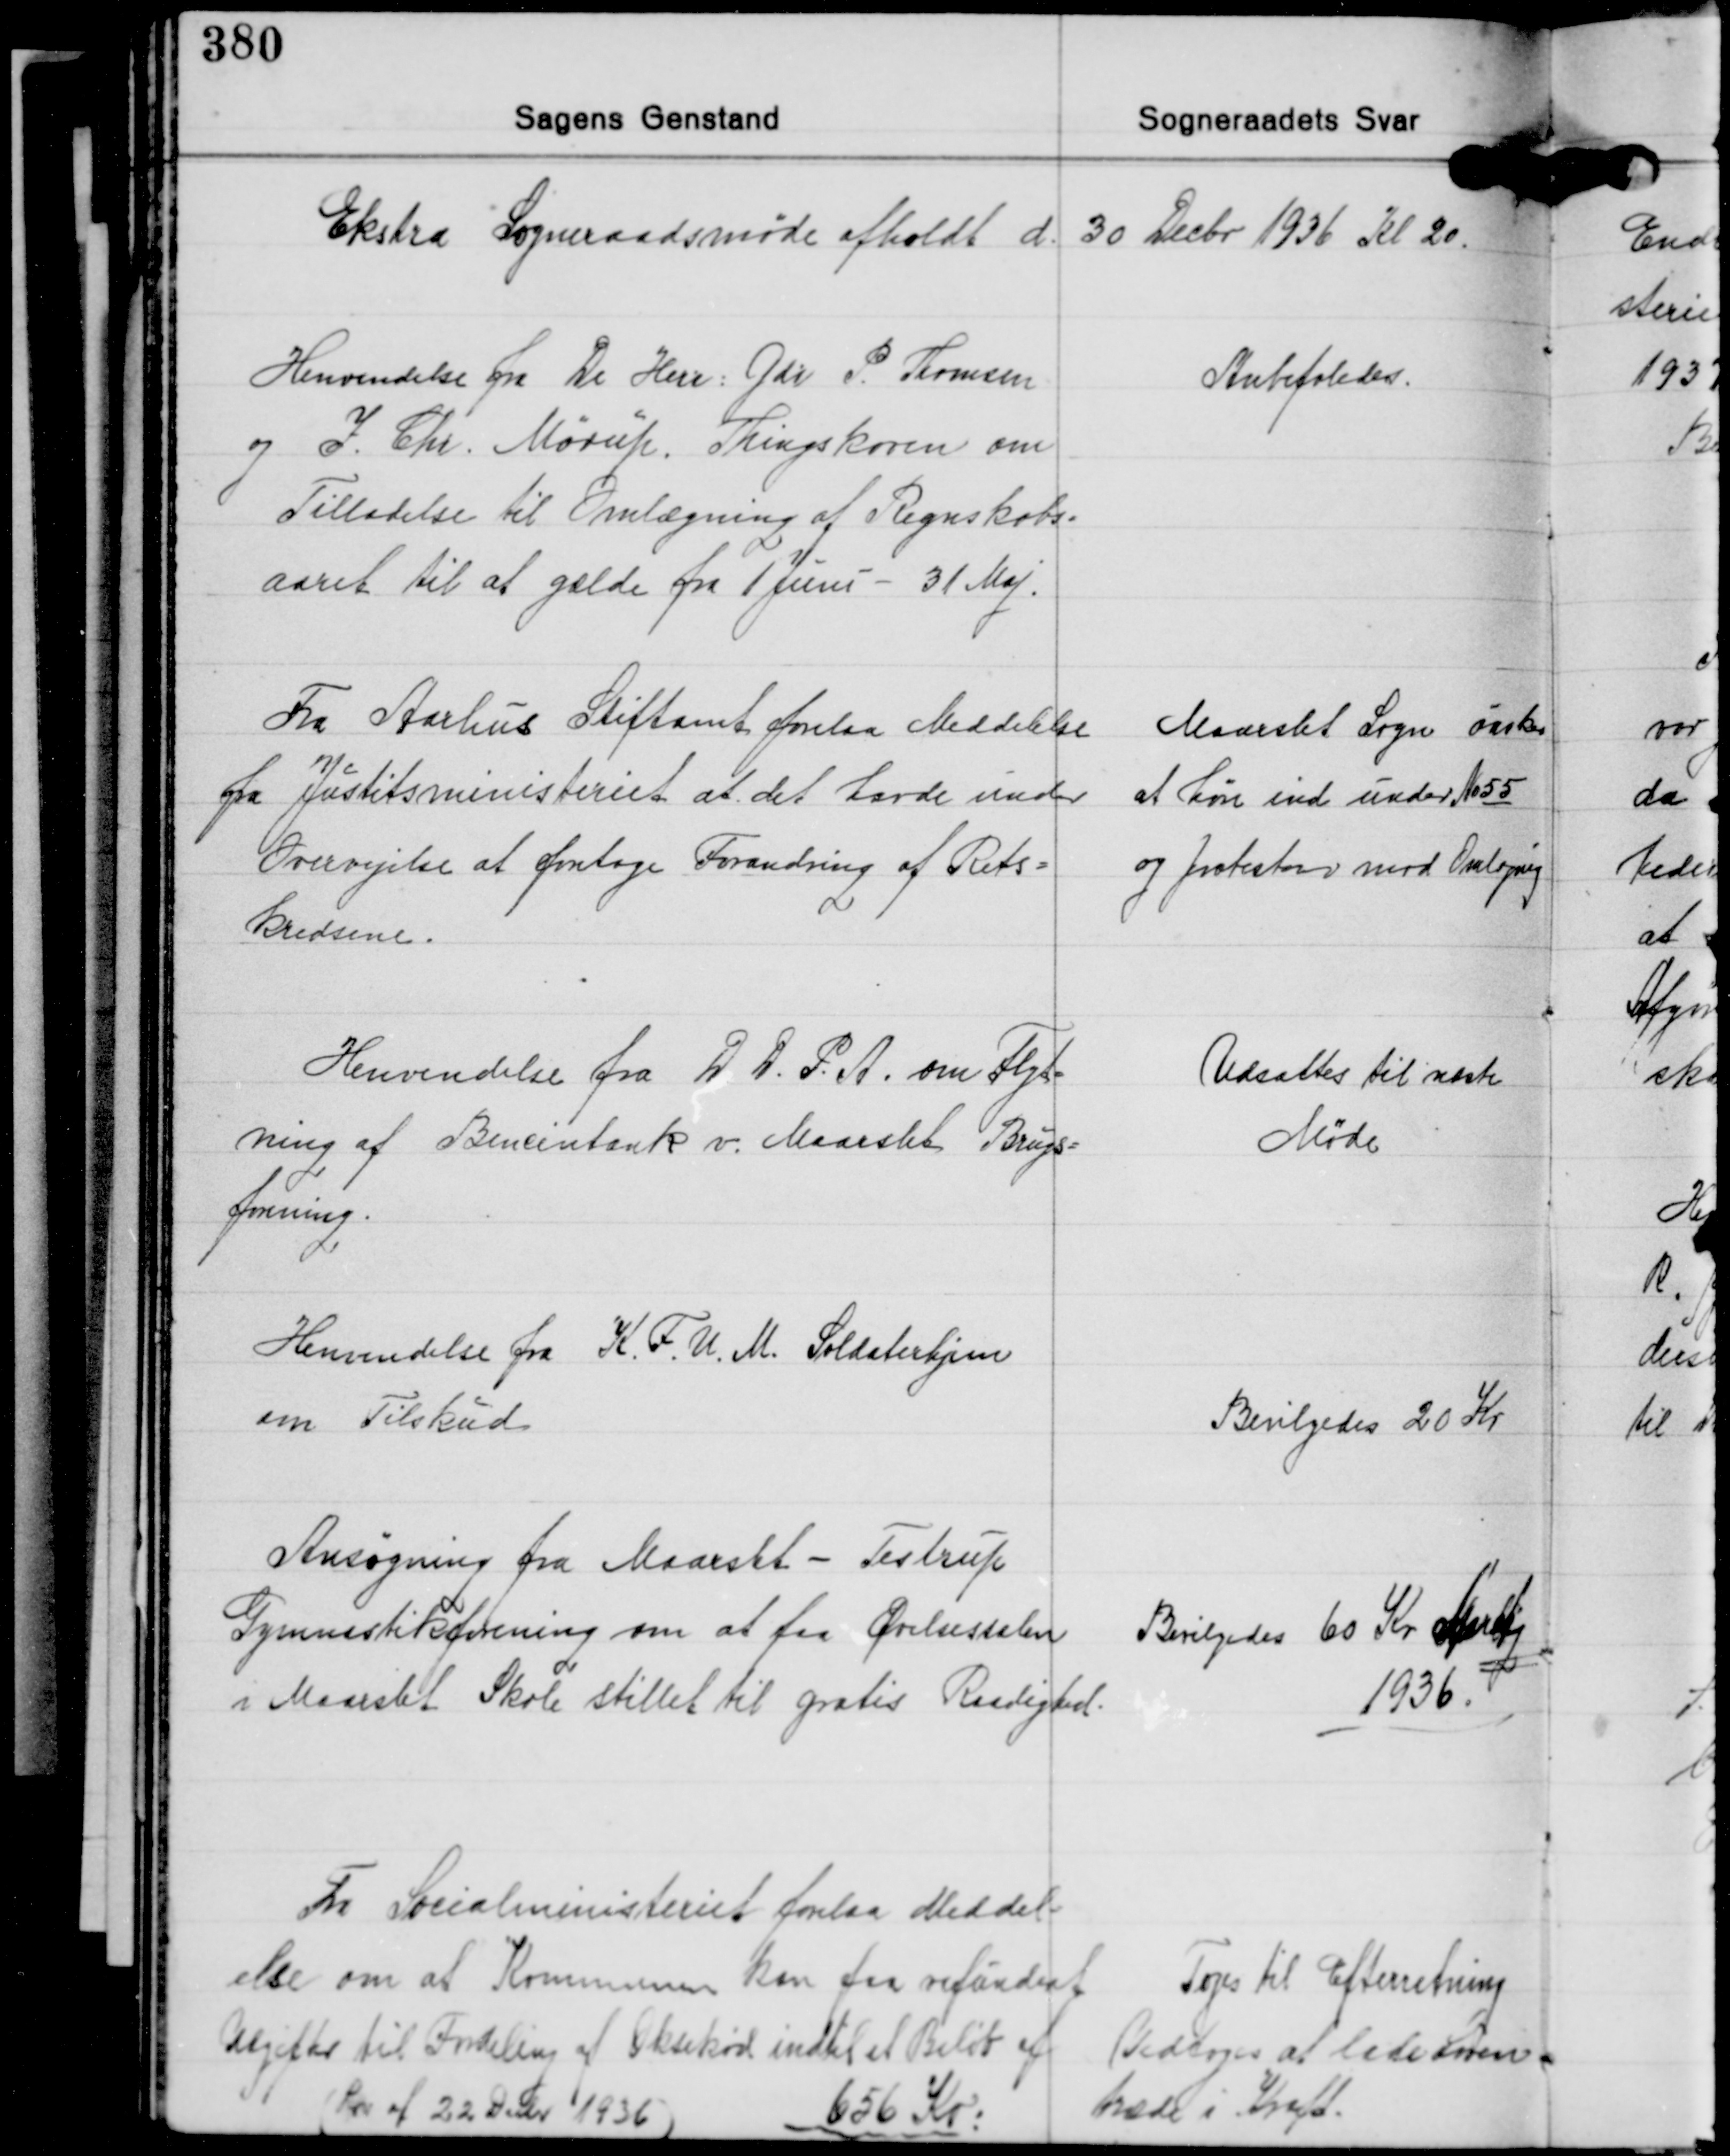
Transskription:
Ekstra Sogneraadsmøde afholdt d. 30 Decbr. 1936 Kl 20.

Henvendelse fra De Here: Gdr. P. Tomsen
og I. Chr. Mørup. Thingskoven om
Tilladelse til Omlægning af Regnskabs-
aaret til at gælde fra 1 juni - 31 Maj.

Anbefaledes.

Fra Aarhus Stiftamt forelaa Meddelelse
fra Justitsministeriet at det havde under
Overvejelse at foretage Forandring af Rets-
kredsene.

Maarslet Sogn ønsker
af høre ind under No 55
og protesterer mod Omlægning

Henvendelse fra D. D. P. A. om Flyt-
ning af Bencintank v. Maarslet Brugs-
forening.

Udsattes til næste
Møde

Henvendelse fra K. F. U. M. Soldaterhjem
om Tilskud

Bevilgedes 20 Kr.

Ansøgning fra Maarslet - Testrup
Gymnastikforening om at faa Øvelsessalen
i Maarslet Skole stillet til gratis Raadighed.

Bevilgedes 60 Kr. Aarlig
1936.

Fra Socialministeriet forelaa Meddel-
else om at Kommunen kan faa refunderet
Afgifter til Fordeling af Oksekød indtil et Beløb af
(Lov af 22 Decbr. 1936) 656 Kr.

Toges til Efterretning
Vedtoges at lade Loven.
træde i Kraft.